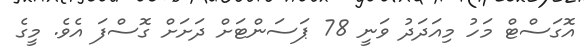
އޮގަސްޓް މަހު މިއަދަދު ވަނީ 78 ޕަސަންޓަށް ދަށަށް ގޮސްފަ އެވެ. މީގެ